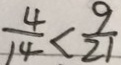
\frac { 4 } { 1 4 } < \frac { 9 } { 2 1 }